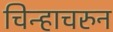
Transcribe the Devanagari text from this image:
चिन्हाचरुन